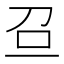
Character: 𠯉